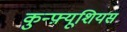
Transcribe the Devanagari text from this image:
कुन्फ़्यूशियस